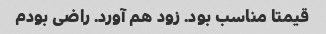
قیمتا مناسب بود. زود هم آورد. راضی بودم